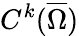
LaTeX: C^{k}(\overline{{\Omega}})